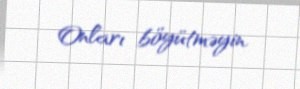
Onları böyütməyin.